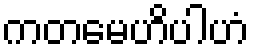
ကတမေဟိပါဟံ